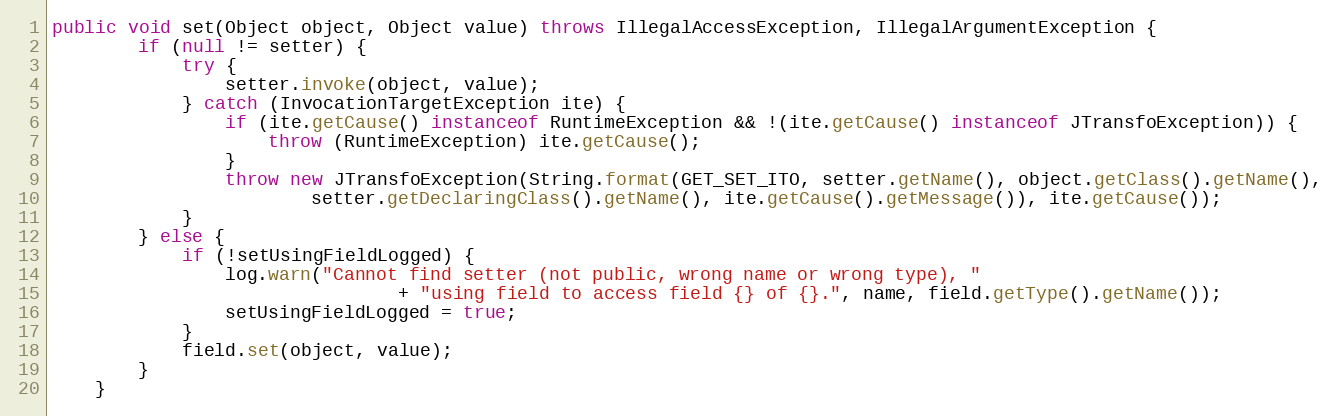
Language: Java
public void set(Object object, Object value) throws IllegalAccessException, IllegalArgumentException {
        if (null != setter) {
            try {
                setter.invoke(object, value);
            } catch (InvocationTargetException ite) {
                if (ite.getCause() instanceof RuntimeException && !(ite.getCause() instanceof JTransfoException)) {
                    throw (RuntimeException) ite.getCause();
                }
                throw new JTransfoException(String.format(GET_SET_ITO, setter.getName(), object.getClass().getName(),
                        setter.getDeclaringClass().getName(), ite.getCause().getMessage()), ite.getCause());
            }
        } else {
            if (!setUsingFieldLogged) {
                log.warn("Cannot find setter (not public, wrong name or wrong type), "
                                + "using field to access field {} of {}.", name, field.getType().getName());
                setUsingFieldLogged = true;
            }
            field.set(object, value);
        }
    }